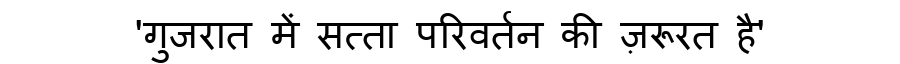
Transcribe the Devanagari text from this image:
'गुजरात में सत्ता परिवर्तन की ज़रूरत है'